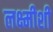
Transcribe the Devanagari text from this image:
लक्ष्मीशी